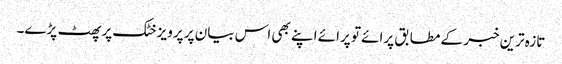
تازہ ترین خبر کے مطابق پرائے تو پرائے اپنے بھی اس بیان پر پرویز خٹک پر پھٹ پڑے۔